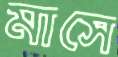
মাসে